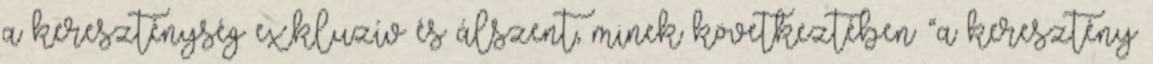
a kereszténység exkluzív és álszent, minek következtében “a keresztény